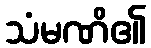
သံမဏိ၏